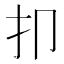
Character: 𰒸